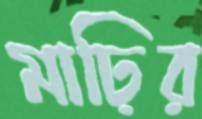
মাঢ়ির